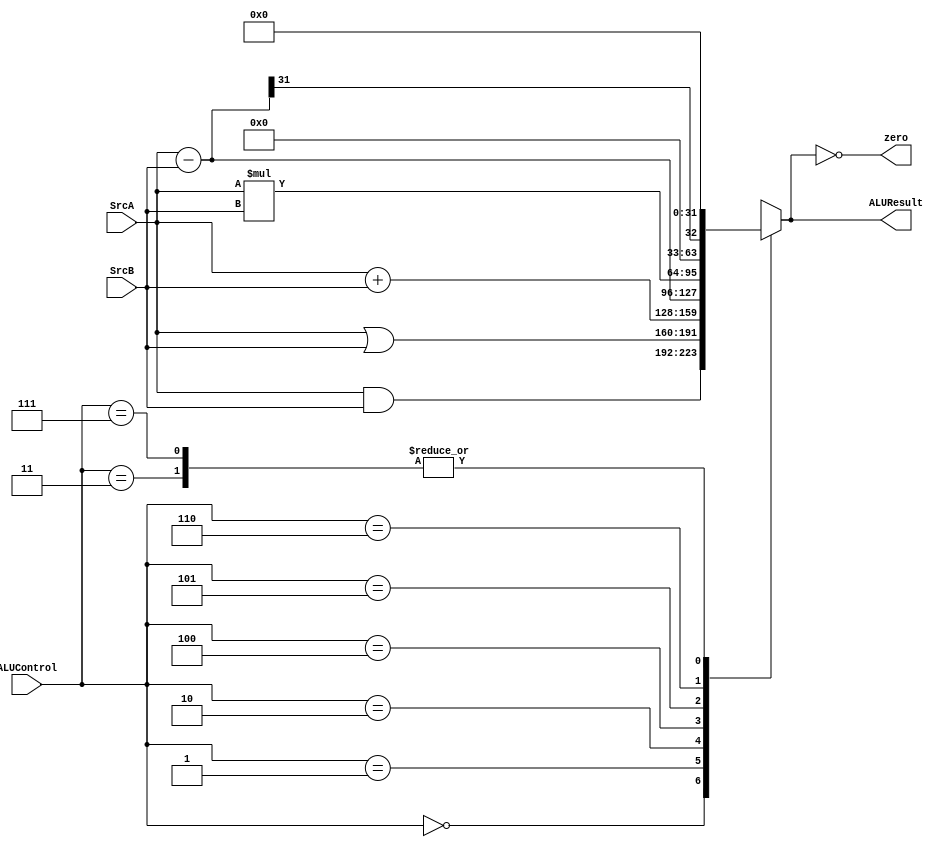
module ALU #(parameter DATA_WIDTH =32) (
    input wire [DATA_WIDTH-1:0] SrcA ,
    input wire [DATA_WIDTH-1:0] SrcB ,
    input wire [2:0] ALUControl,
    output wire zero,
    output reg [DATA_WIDTH-1:0] ALUResult 
);

always @(*) begin
    case (ALUControl)
        3'b000: ALUResult=SrcA & SrcB;
        3'b001: ALUResult=SrcA | SrcB;
        3'b010: ALUResult=SrcA + SrcB;
        3'b011: ALUResult='b0;
        3'b100: ALUResult=SrcA - SrcB;
        3'b101: ALUResult=SrcA * SrcB;
        3'b110: ALUResult=((SrcA-SrcB))>>(DATA_WIDTH-1);
        3'b111: ALUResult='b0;
        default: ALUResult='b0;
    endcase

end

assign zero=(ALUResult=='b0);
    
endmodule